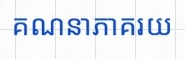
គណនាភាគរយ